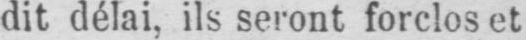
dit délai, ils seront forclos et